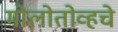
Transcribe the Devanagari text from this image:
मोलोतोव्हचे